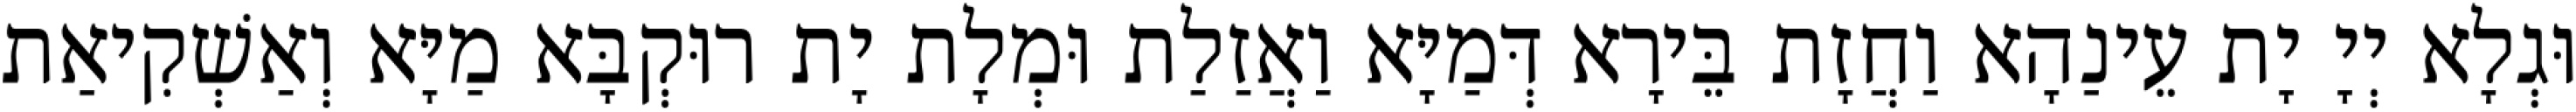
וּגְלָא יְיָ יָת עֵינַהָא וַחֲזָת בֵּירָא דְּמַיָּא וַאֲזַלַת וּמְלָת יָת רוּקְבָּא מַיָּא וְאַשְׁקִיאַת